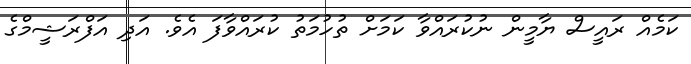
ކަމެއް ރައީސް ޔާމީން ނުކުރައްވާ ކަމަށް ތުހުމަތު ކުރައްވާފަ އެވެ. އަދި އަފްރަޝީމްގެ